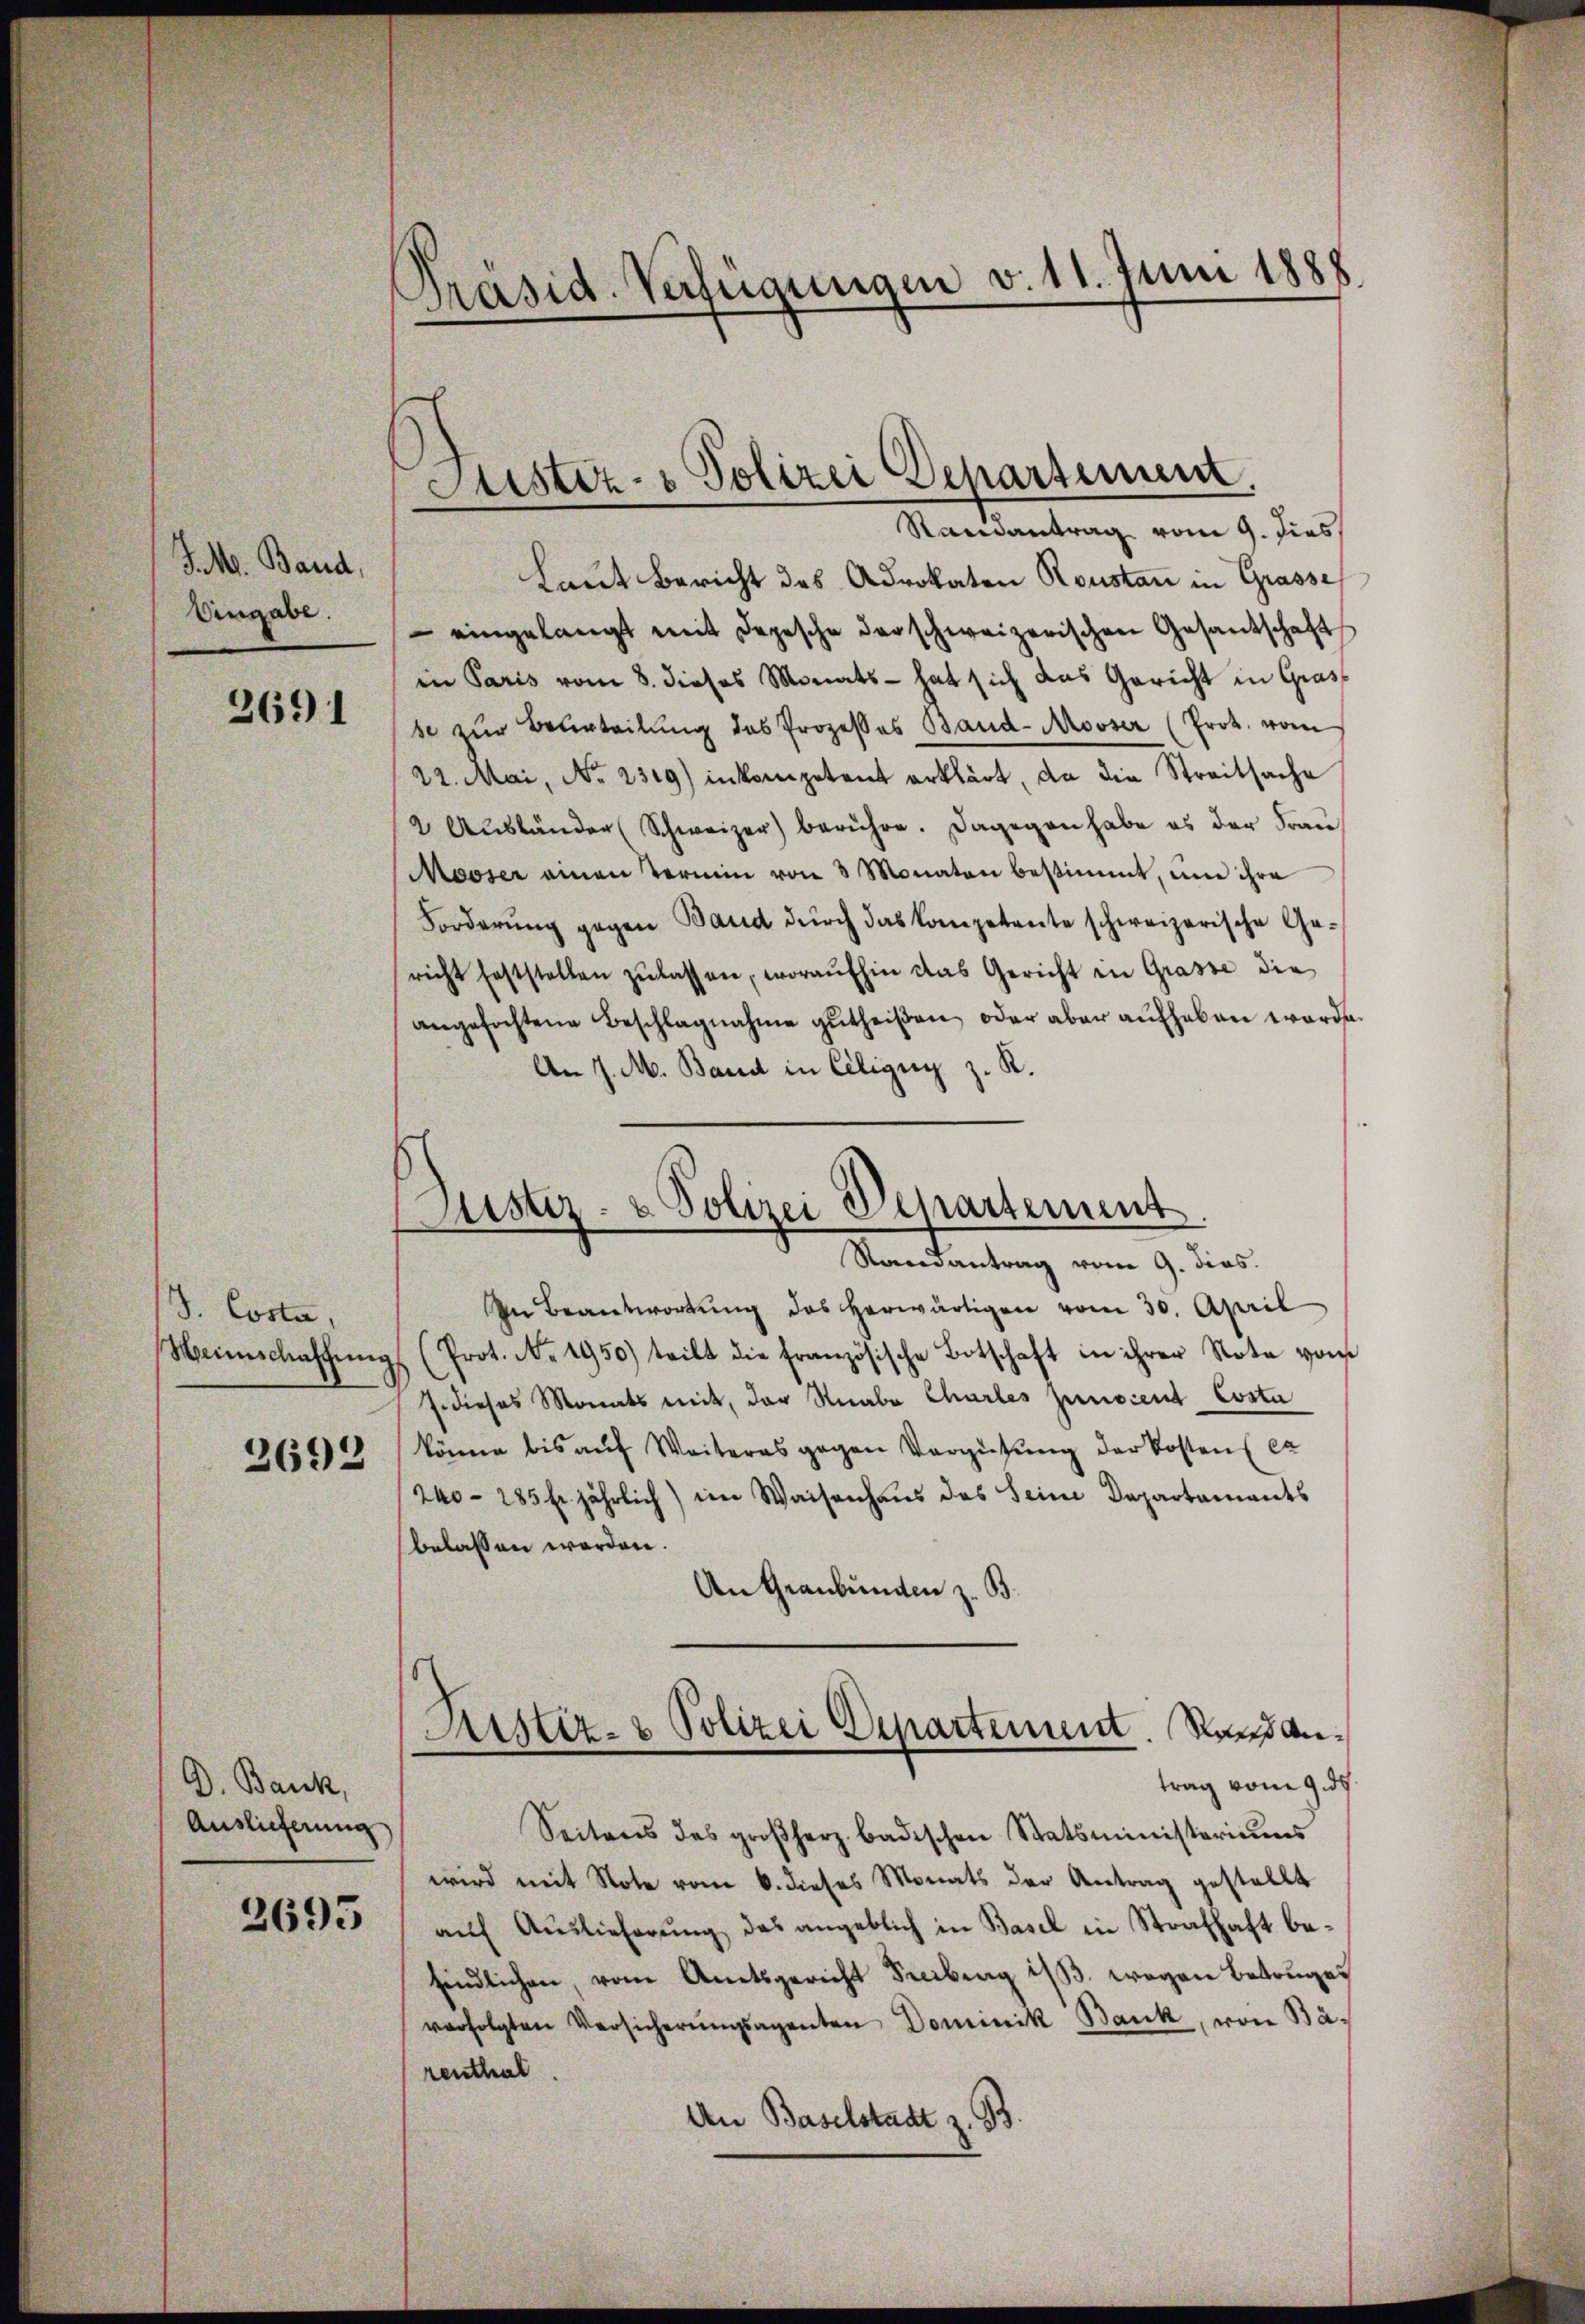
J. M. Band,
Eingabe.

2691

S. Costa,
Weinschaffŭng

2692

D. Bank,
Auslicherung

2693

Präsid. Verfügungen v. 11. Juni 1888

Justiz- & Polizei Departement
Randantrag vom 9. dies

Laut Bericht des Advokaten Roustan in Grasse
 eingelangt mit depesche der schweizerischen Gesantschaft
in Paris vom 8. dieses Monats - hat sich das Gericht in Gras
se zur Beurteilung des Prozesses Band-Mooser (Prok. vom
22. Mai, No 2319) inkompetent erklärt, da die Streitsache
2 Aŭsländer (Schweizer) berühre. Dagegen habe es der Frau
Mooser einen Termin von 3 Monaten bestimmt, um ihre
Forderung gegen Band durch das kompetente schweizerische Gericht feststellen zŭlassen, woraufhin das Gericht in Grasse die
angefochtene Beschlagnahme zŭtheißen, oder aber aŭfhaben worde
An J. M. Band in Ciligny z. R.
Randantrag vom 9. dies.
In Beantwortŭng des herwärtigen vom 30. April
(Prot. No. 1950) teilt die französische Botschaft in ihrer Nota von
J. dieses Monats mit, der Knabe Charles procent Costa
könne bis aŭf Weiteres gegen Vergütŭng der Kosten ex
240- 285 fr. jährlich) im Waisenhaus des Seine Departaments
belassen werden.
An Graubünden z. B.
.
Arster- & Polizei Departement. Nach Antrag vom 9. d.
Seitens des großherz badischen Statsministeriums
wird mit Note vom 6. dieses Monats der Antrag gestellt
aŭf Auslieferŭng das angeblich in Basel in Strafhaft be-
findlichen, vom Amtsgericht Freiberg i/3. wegen Betruges
verfolgten Versicherŭngsagenten Dominik Bank, von Bärenthal.
An Baselstadt z. B.

Justiz- & Polizei Departement